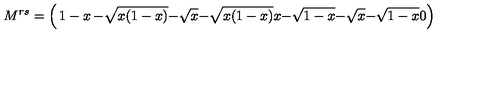
M ^ { r s } = \left( \begin{matrix} { 1 - x } & { - \sqrt { x ( 1 - x ) } } & { - \sqrt { x } } \\ { - \sqrt { x ( 1 - x ) } } & { x } & { - \sqrt { 1 - x } } \\ { - \sqrt { x } } & { - \sqrt { 1 - x } } & { 0 } \\ \end{matrix} \right)